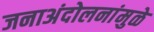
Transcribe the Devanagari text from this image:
जनाअंदोलनांमुळे